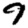
Digit: 9